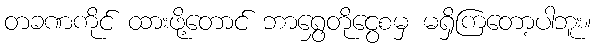
တခဏကိုင် ထားဖို့တောင် ဘာရွှေတိုငွေစမှ မရှိကြတော့ပါဘူး။